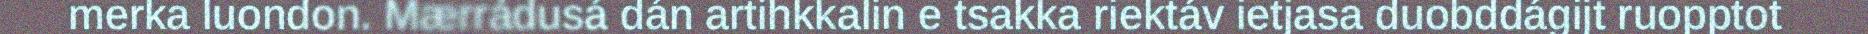
merka luondon. Mærrádusá dán artihkkalin e tsakka riektáv ietjasa duobddágijt ruopptot